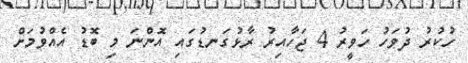
ހުކުރު ދުވަހު ހަވީރު 4 ޖަހާއިރު ރާޅުގަނޑުގައި އޮންނަ މި ބޮޑު އެއްވުމަށް